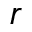
r